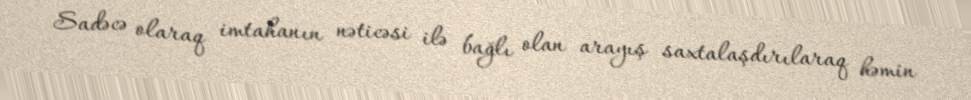
Sadəcə olaraq imtahanın nəticəsi ilə bağlı olan arayış saxtalaşdırılaraq həmin